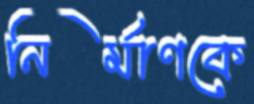
নির্মাণকে